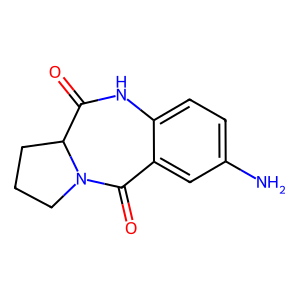
SMILES: Nc1ccc2c(c1)C(=O)N1CCCC1C(=O)N2
Inhibits HIV replication: No